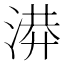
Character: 𭱄